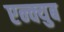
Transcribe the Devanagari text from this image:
एन्क्युब